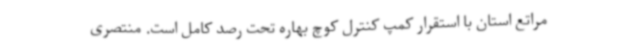
مراتع استان با استقرار کمپ کنترل کوچ بهاره تحت رصد کامل است. منتصری